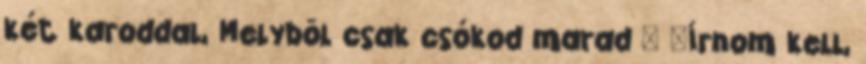
két karoddal, Melybõl csak csókod marad " "Írnom kell,